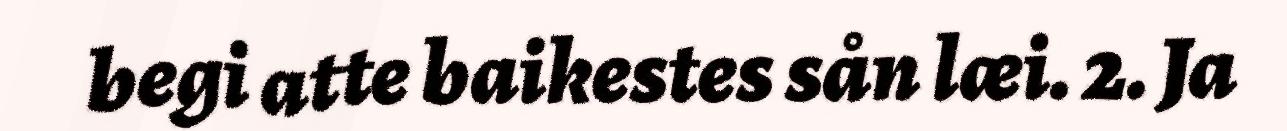
begi atte baikestes sån læi. 2. Ja